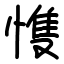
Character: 愯